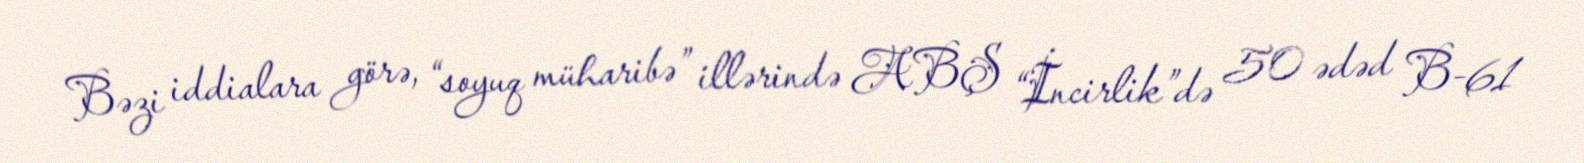
Bəzi iddialara görə, “soyuq müharibə” illərində ABŞ “İncirlik”də 50 ədəd B-61